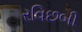
રવિછબી